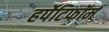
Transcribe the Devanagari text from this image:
हर्पेटिफॉर्म